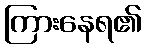
ကြားနေရ၏